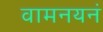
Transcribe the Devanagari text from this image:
वामनयनं